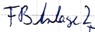
Text: FB Anlage 2